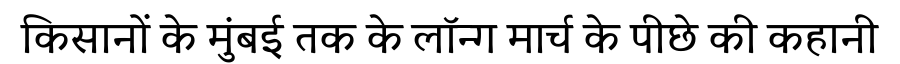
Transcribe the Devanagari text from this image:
किसानों के मुंबई तक के लॉन्ग मार्च के पीछे की कहानी